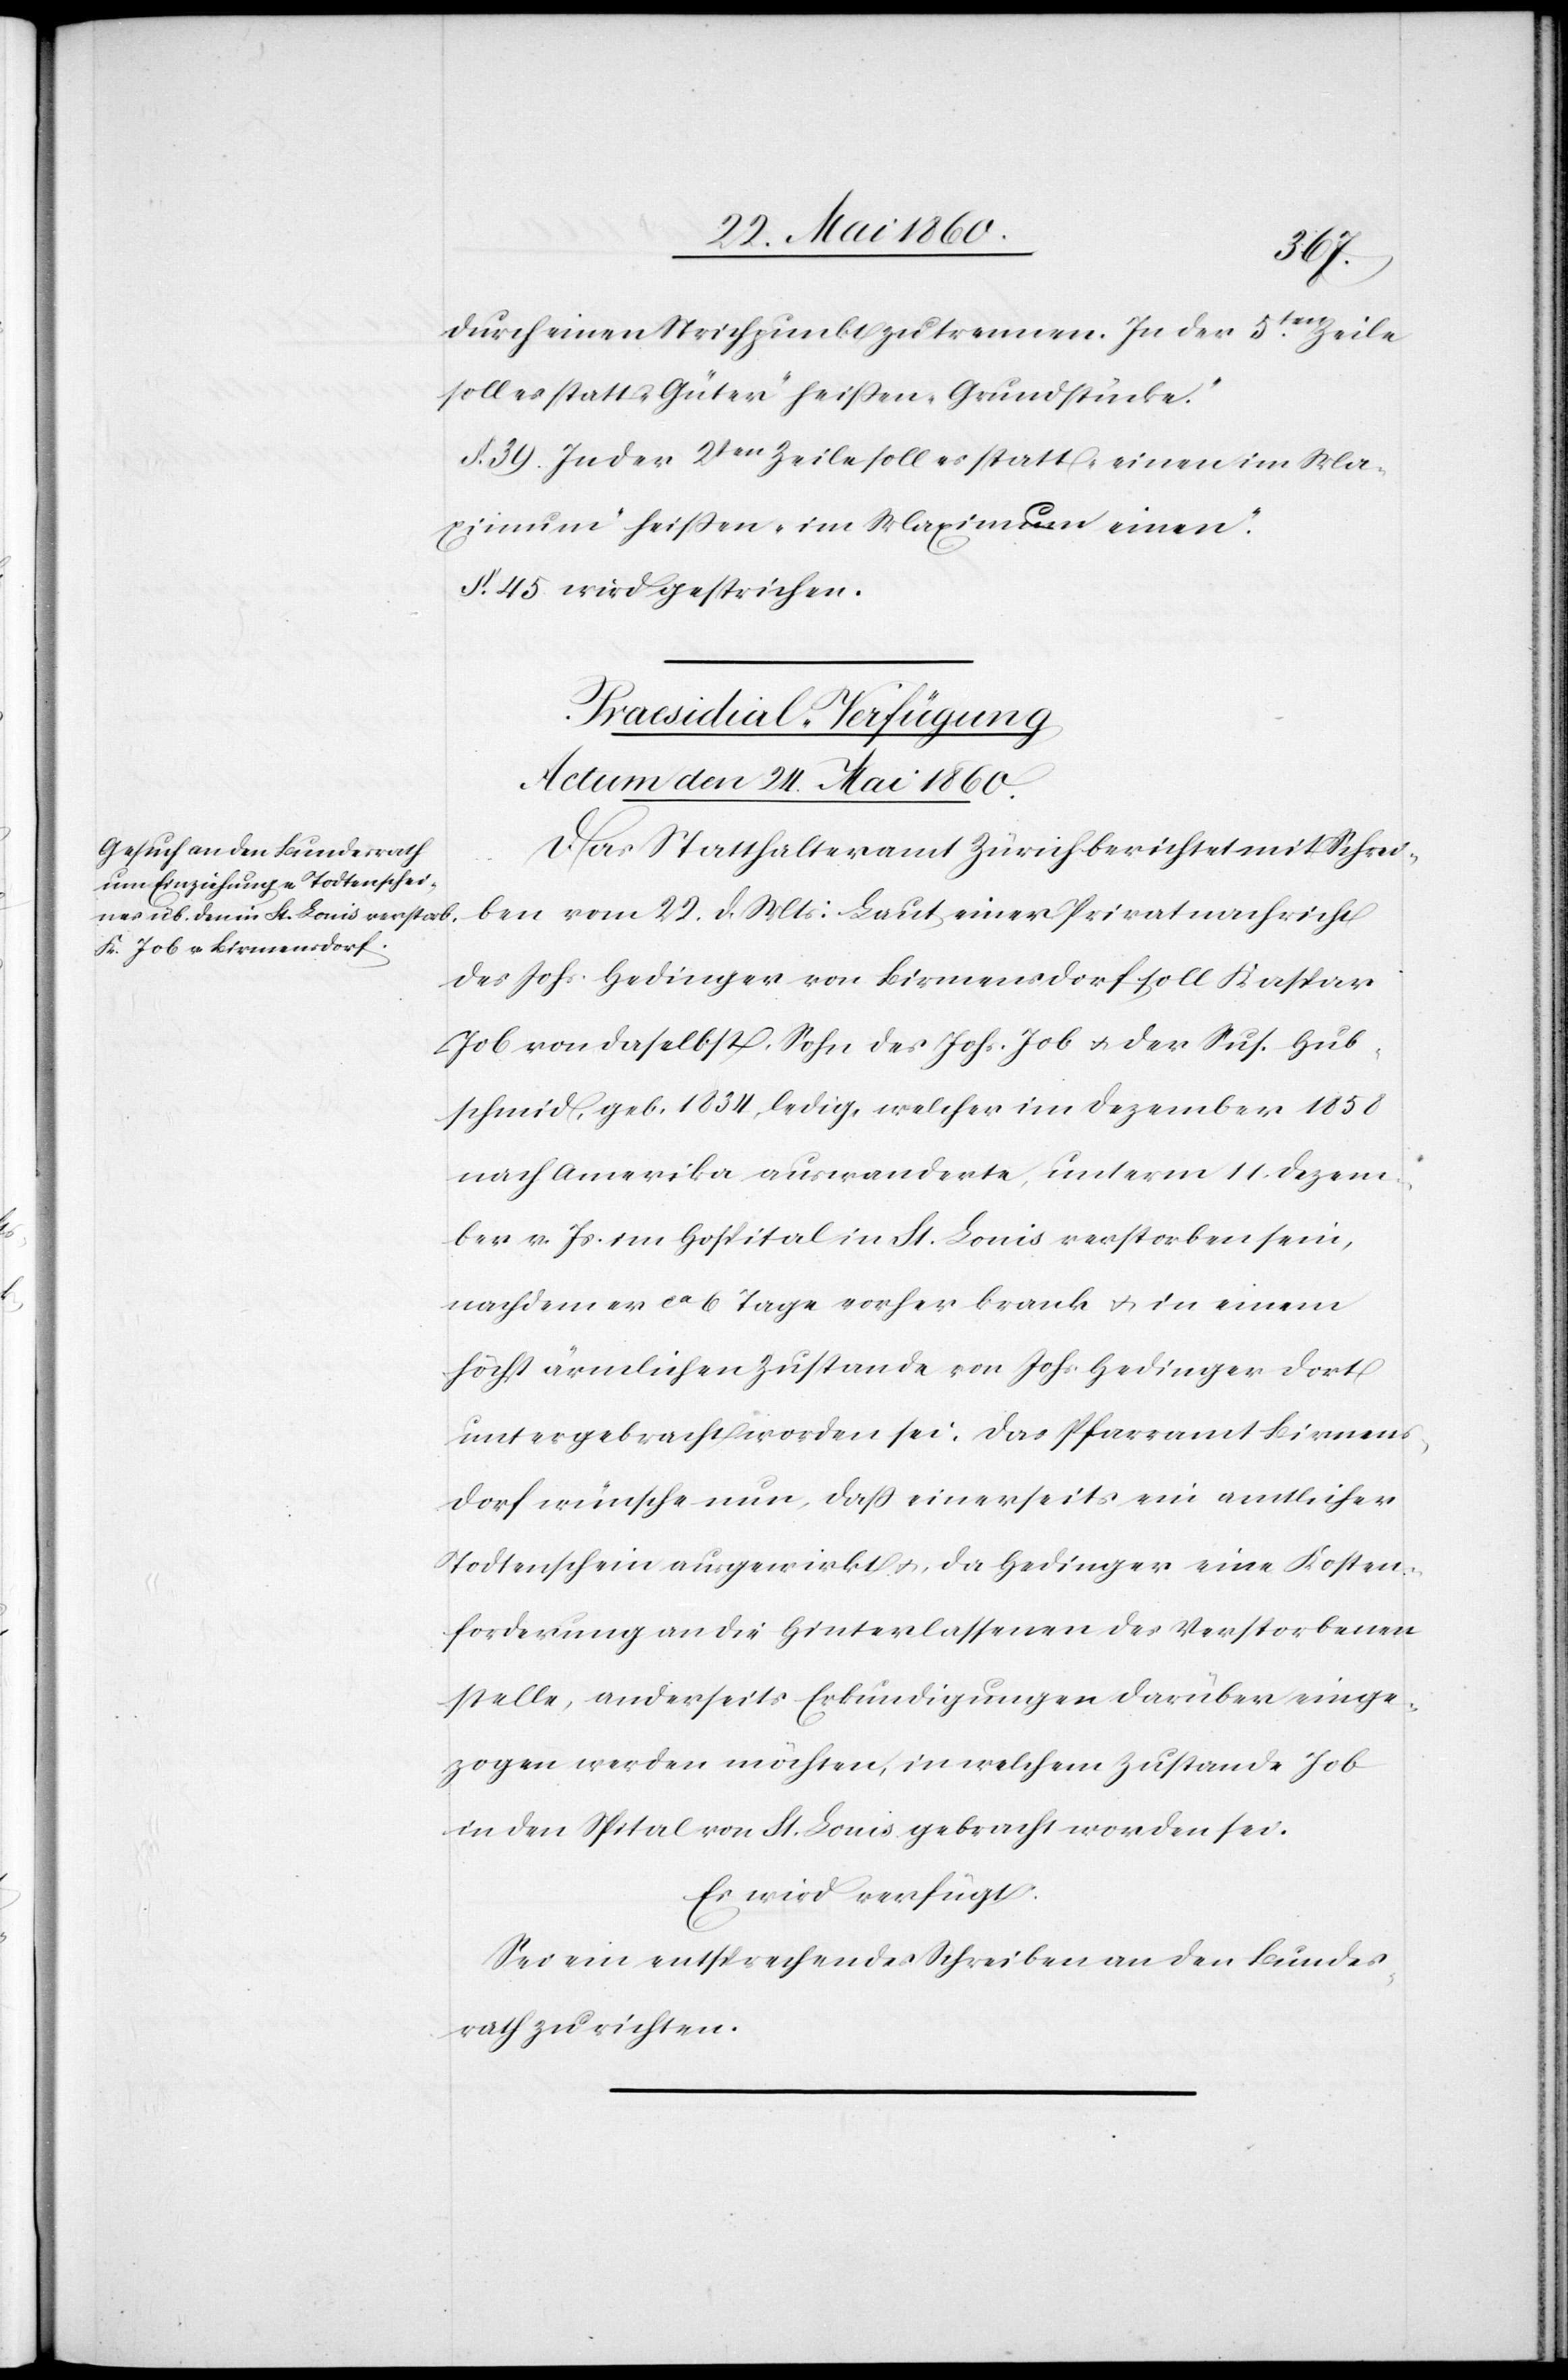
durch einen Strichpunkt zu trennen. In der
5ten Zeile
soll es statt „Güter“ heißen „Grundstücke.“
§. 39. In der 2ten Zeile solle es statt „einen im Ma¬
ximum“ heissen „im Maximum einen.“
§. 45. wird gestrichen.
Praesidial-Verfügung
Actum den 24. Mai 1860.
Das Statthalteramt Zürich berichtet mit Schrei¬
ben vom 22. d. Mts: Laut einer Privatnachricht
des Johs. Hedinger von Birmensdorf soll Kaspar
Job von daselbst, Sohn des Johs. Job u. der Sus. Hub¬
schmid, geb 1834, ledig, welcher im Dezember 1858
nach Amerika auswanderte, unterm 11. Dezem¬
ber v. Js. im Hospital in St. Louis verstorben sein,
nachdem er ca 6 Tage vorher krank u. in einem
höchst ärmlichen Zustande von Johs. Hedinger dort
untergebracht worden sei. Das Pfarramt Birmens¬
dorf wünsche nun, dass einerseits ein amtlicher
Todtenschein ausgewirkt u., da Hedinger eine Kosten¬
forderung an die Hinterlassenen des Verstorbenen
stelle, anderseits Erkundigungen darüber einge¬
zogen werden möchten, in welchem Zustande Job
in den Spital von St. Louis gebracht worden sei.
Es wird verfügt:
Sei ein entsprechendes Schreiben an den Bundes¬
rath zu richten.